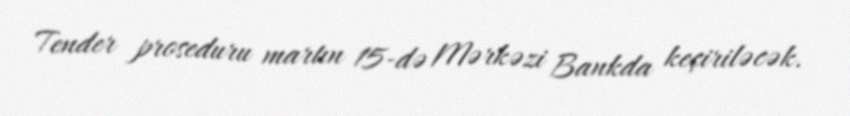
Tender proseduru martın 15-də Mərkəzi Bankda keçiriləcək.